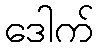
ဒေါက်